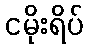
ငမိုးရိပ်